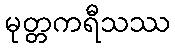
မုတ္တကရီသဿ